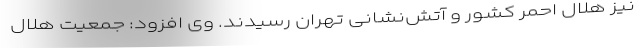
نیز هلال احمر کشور و آتش‌نشانی تهران رسیدند. وی افزود: جمعیت هلال